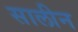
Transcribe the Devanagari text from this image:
सालीन